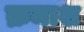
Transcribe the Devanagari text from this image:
क्रमाश